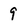
Character: 9